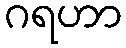
ဂရဟာ